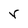
Character: r